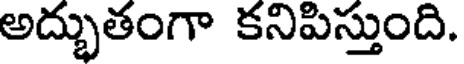
అద్భుతంగా కనిపిస్తుంది.